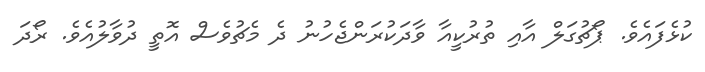
ކުޅެފައެވެ. ޕޯޗުގަލް އާއި ތުރުކީއާ ވާދަކުރަންޖެހުނު ދެ މެޗުވެސް އޮތީ ދުވާލުއެވެ. ރޯދަ